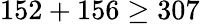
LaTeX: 152+156\geq 307